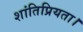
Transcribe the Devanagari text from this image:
शांतिप्रियता।